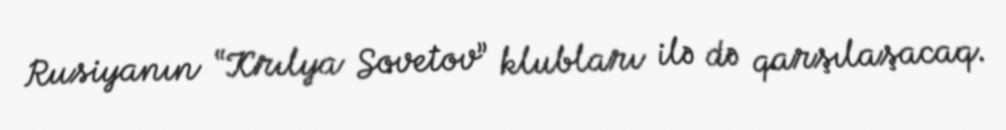
Rusiyanın “Krılya Sovetov” klubları ilə də qarşılaşacaq.